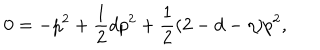
0 = - p ^ { 2 } + \frac { 1 } { 2 } d p ^ { 2 } + \frac { 1 } { 2 } ( 2 - d - \eta ) p ^ { 2 } ,